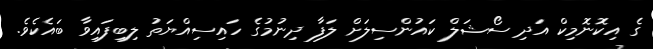
ގެ އިކޮނޮމިކް އަދި ސޯޝަލް ކައުންސިލަށް ލަފާ ދިނުމުގެ ހައިސިއްޔަތު ލިބިފައިވާ ބައެކެވެ.